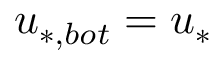
u _ { * , b o t } = u _ { * }